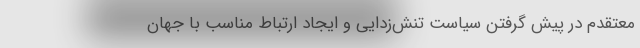
معتقدم در پیش گرفتن سیاست تنش‌زدایی و ایجاد ارتباط مناسب با جهان